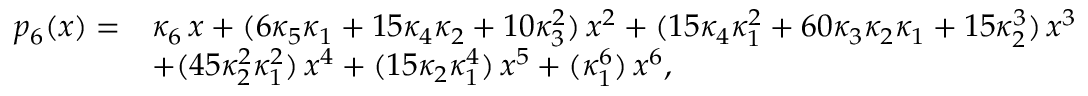
{ \begin{array} { r l } { p _ { 6 } ( x ) = } & { \kappa _ { 6 } \, x + ( 6 \kappa _ { 5 } \kappa _ { 1 } + 1 5 \kappa _ { 4 } \kappa _ { 2 } + 1 0 \kappa _ { 3 } ^ { 2 } ) \, x ^ { 2 } + ( 1 5 \kappa _ { 4 } \kappa _ { 1 } ^ { 2 } + 6 0 \kappa _ { 3 } \kappa _ { 2 } \kappa _ { 1 } + 1 5 \kappa _ { 2 } ^ { 3 } ) \, x ^ { 3 } } \\ & { + ( 4 5 \kappa _ { 2 } ^ { 2 } \kappa _ { 1 } ^ { 2 } ) \, x ^ { 4 } + ( 1 5 \kappa _ { 2 } \kappa _ { 1 } ^ { 4 } ) \, x ^ { 5 } + ( \kappa _ { 1 } ^ { 6 } ) \, x ^ { 6 } , } \end{array} }